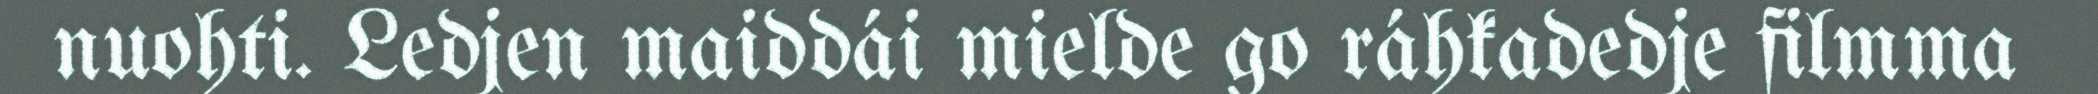
nuohti. Ledjen maiddái mielde go ráhkadedje filmma